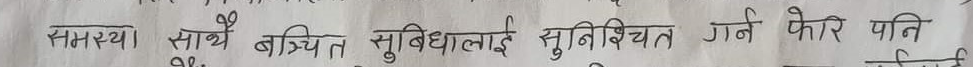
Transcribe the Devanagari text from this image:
समस्या। साथै बञ्चित सुविधाहरुलाई सुनिश्चित गर्न फेरि पनि